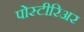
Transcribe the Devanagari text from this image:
पोस्टीरिअर